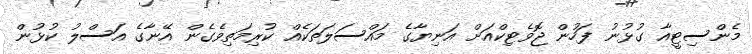
މެންސިޓީއާ ގުޅުނު ފަހުން ޖޮވެޓިކްއަށް އަނިޔާގެ މައްސަލަތަކެއް ކުރިމަތިވެގެން އޭނާގެ އަސްލު ކުޅުން